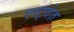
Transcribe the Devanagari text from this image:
एस्ट्वेज़